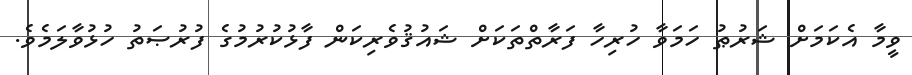
ވީމާ އެކަމަށް ޝަރުޠު ހަމަވާ ހުރިހާ ފަރާތްތަކަށް ޝައުޤުވެރިކަން ފާޅުކުރުމުގެ ފުރުޞަތު ހުޅުވާލަމެވެ.